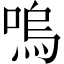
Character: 嗚